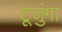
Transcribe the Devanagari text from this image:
टूजुंगा